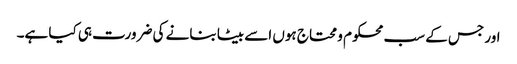
اور جس کے سب محکوم و محتاج ہوں اسے بیٹا بنانے کی ضرورت ہی کیا ہے۔